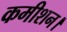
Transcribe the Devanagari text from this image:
कमीशन।